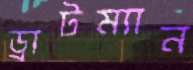
ড্রাটম্যান